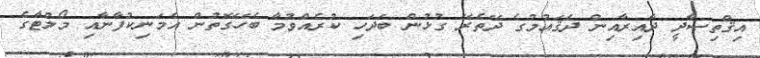
އިޤްތިޞާދީ ދާއިރާއިން ދެޤައުމުގެ ދޭތެރޭ ގުޅުން ބަދަހި ކުރެއްވުމާ ބެހޭގޮތުން އެމަނިކުފާނާއި މޯލްޓާގެ